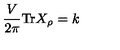
\frac { V } { 2 \pi } \mathrm { T r } X _ { \rho } = k